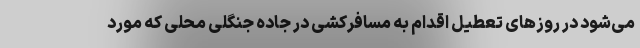
می‌شود در روزهای تعطیل اقدام به مسافرکشی در جاده جنگلی محلی که مورد